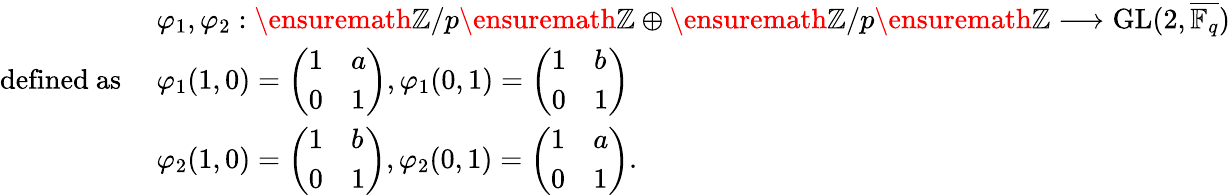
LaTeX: \begin{array}{rl}&{\varphi_{1},\varphi_{2}:\ensuremath{\mathbb{Z}}/p\ensuremath{\mathbb{Z}}\oplus\ensuremath{\mathbb{Z}}/p\ensuremath{\mathbb{Z}}\longrightarrow\textup{GL}(2,\overline{{\mathbb{F}_{q}}})}\\ {\mathrm{defined~as~}}&{\varphi_{1}(1,0)=\left(\begin{array}{ll}{1}&{a}\\ {0}&{1}\end{array}\right),\varphi_{1}(0,1)=\left(\begin{array}{ll}{1}&{b}\\ {0}&{1}\end{array}\right)}\\ &{\varphi_{2}(1,0)=\left(\begin{array}{ll}{1}&{b}\\ {0}&{1}\end{array}\right),\varphi_{2}(0,1)=\left(\begin{array}{ll}{1}&{a}\\ {0}&{1}\end{array}\right).}\end{array}